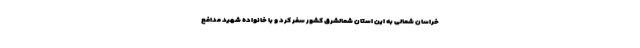
خراسان شمالی به این استان شمالشرق کشور سفر کرد و با خانواده شهید مدافع